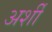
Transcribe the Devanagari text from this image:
अर्शी